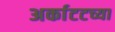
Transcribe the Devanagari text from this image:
अर्काटटच्या